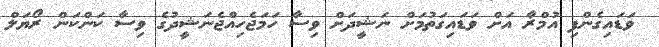
ވަޑައިގެންފި އުމްރާ އަށް ވަޑައިގަތުމަށް ނަޝީދަށް ވިސާ ހަމަޖެހިއްޖެނަޝީދުގެ ވިސާ ކަންކަން ރޯޔަލް